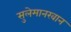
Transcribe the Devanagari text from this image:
सुलेमानखान